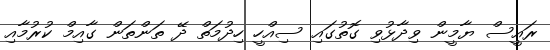
ރައީސް ޔާމީން ވިދާޅުވި ގޮތުގައި ސިއްހީ ހިދުމަތް ދޭ ތަންތަން ގާއިމް ކުރުމާއި